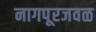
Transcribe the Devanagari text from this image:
नागपूरजवळ